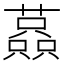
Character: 𧁤